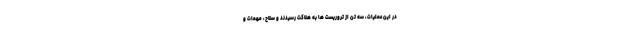
در این عملیات، سه تن از تروریست ها به هلاکت رسیدند و سلاح، مهمات و